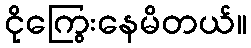
ငိုကြွေးနေမိတယ်။